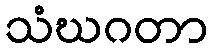
သံဃဂတာ